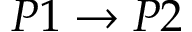
P 1 \rightarrow P 2